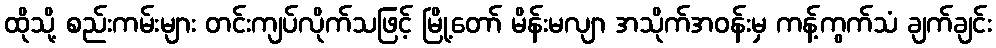
ထိုသို့ စည်းကမ်းများ တင်းကျပ်လိုက်သဖြင့် မြို့တော် မိန်းမလျာ အသိုက်အဝန်းမှ ကန့်ကွက်သံ ချက်ချင်း